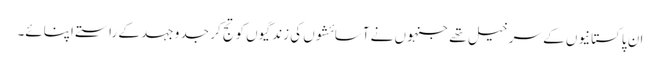
ان پاکستانیوں کے سرخیل تھے جنہوں نے آسائشوں کی زندگیوں کو تج کر جد و جہد کے راستے اپنائے۔